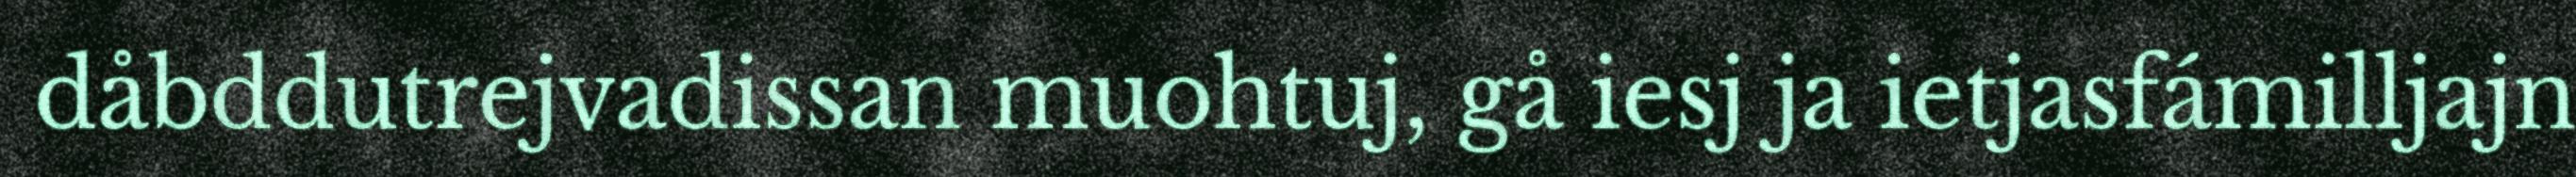
dåbddutrejvadissan muohtuj, gå iesj ja ietjasfámilljajn